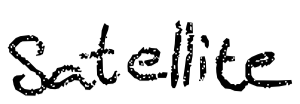
Text: satellite
Cross-out: clean
Writing tool: digital_black